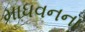
માધવનના